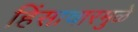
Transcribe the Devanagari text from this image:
हिंसाचारमुळे